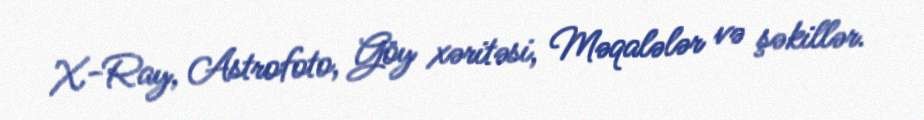
X-Ray, Astrofoto, Göy xəritəsi, Məqalələr və şəkillər.